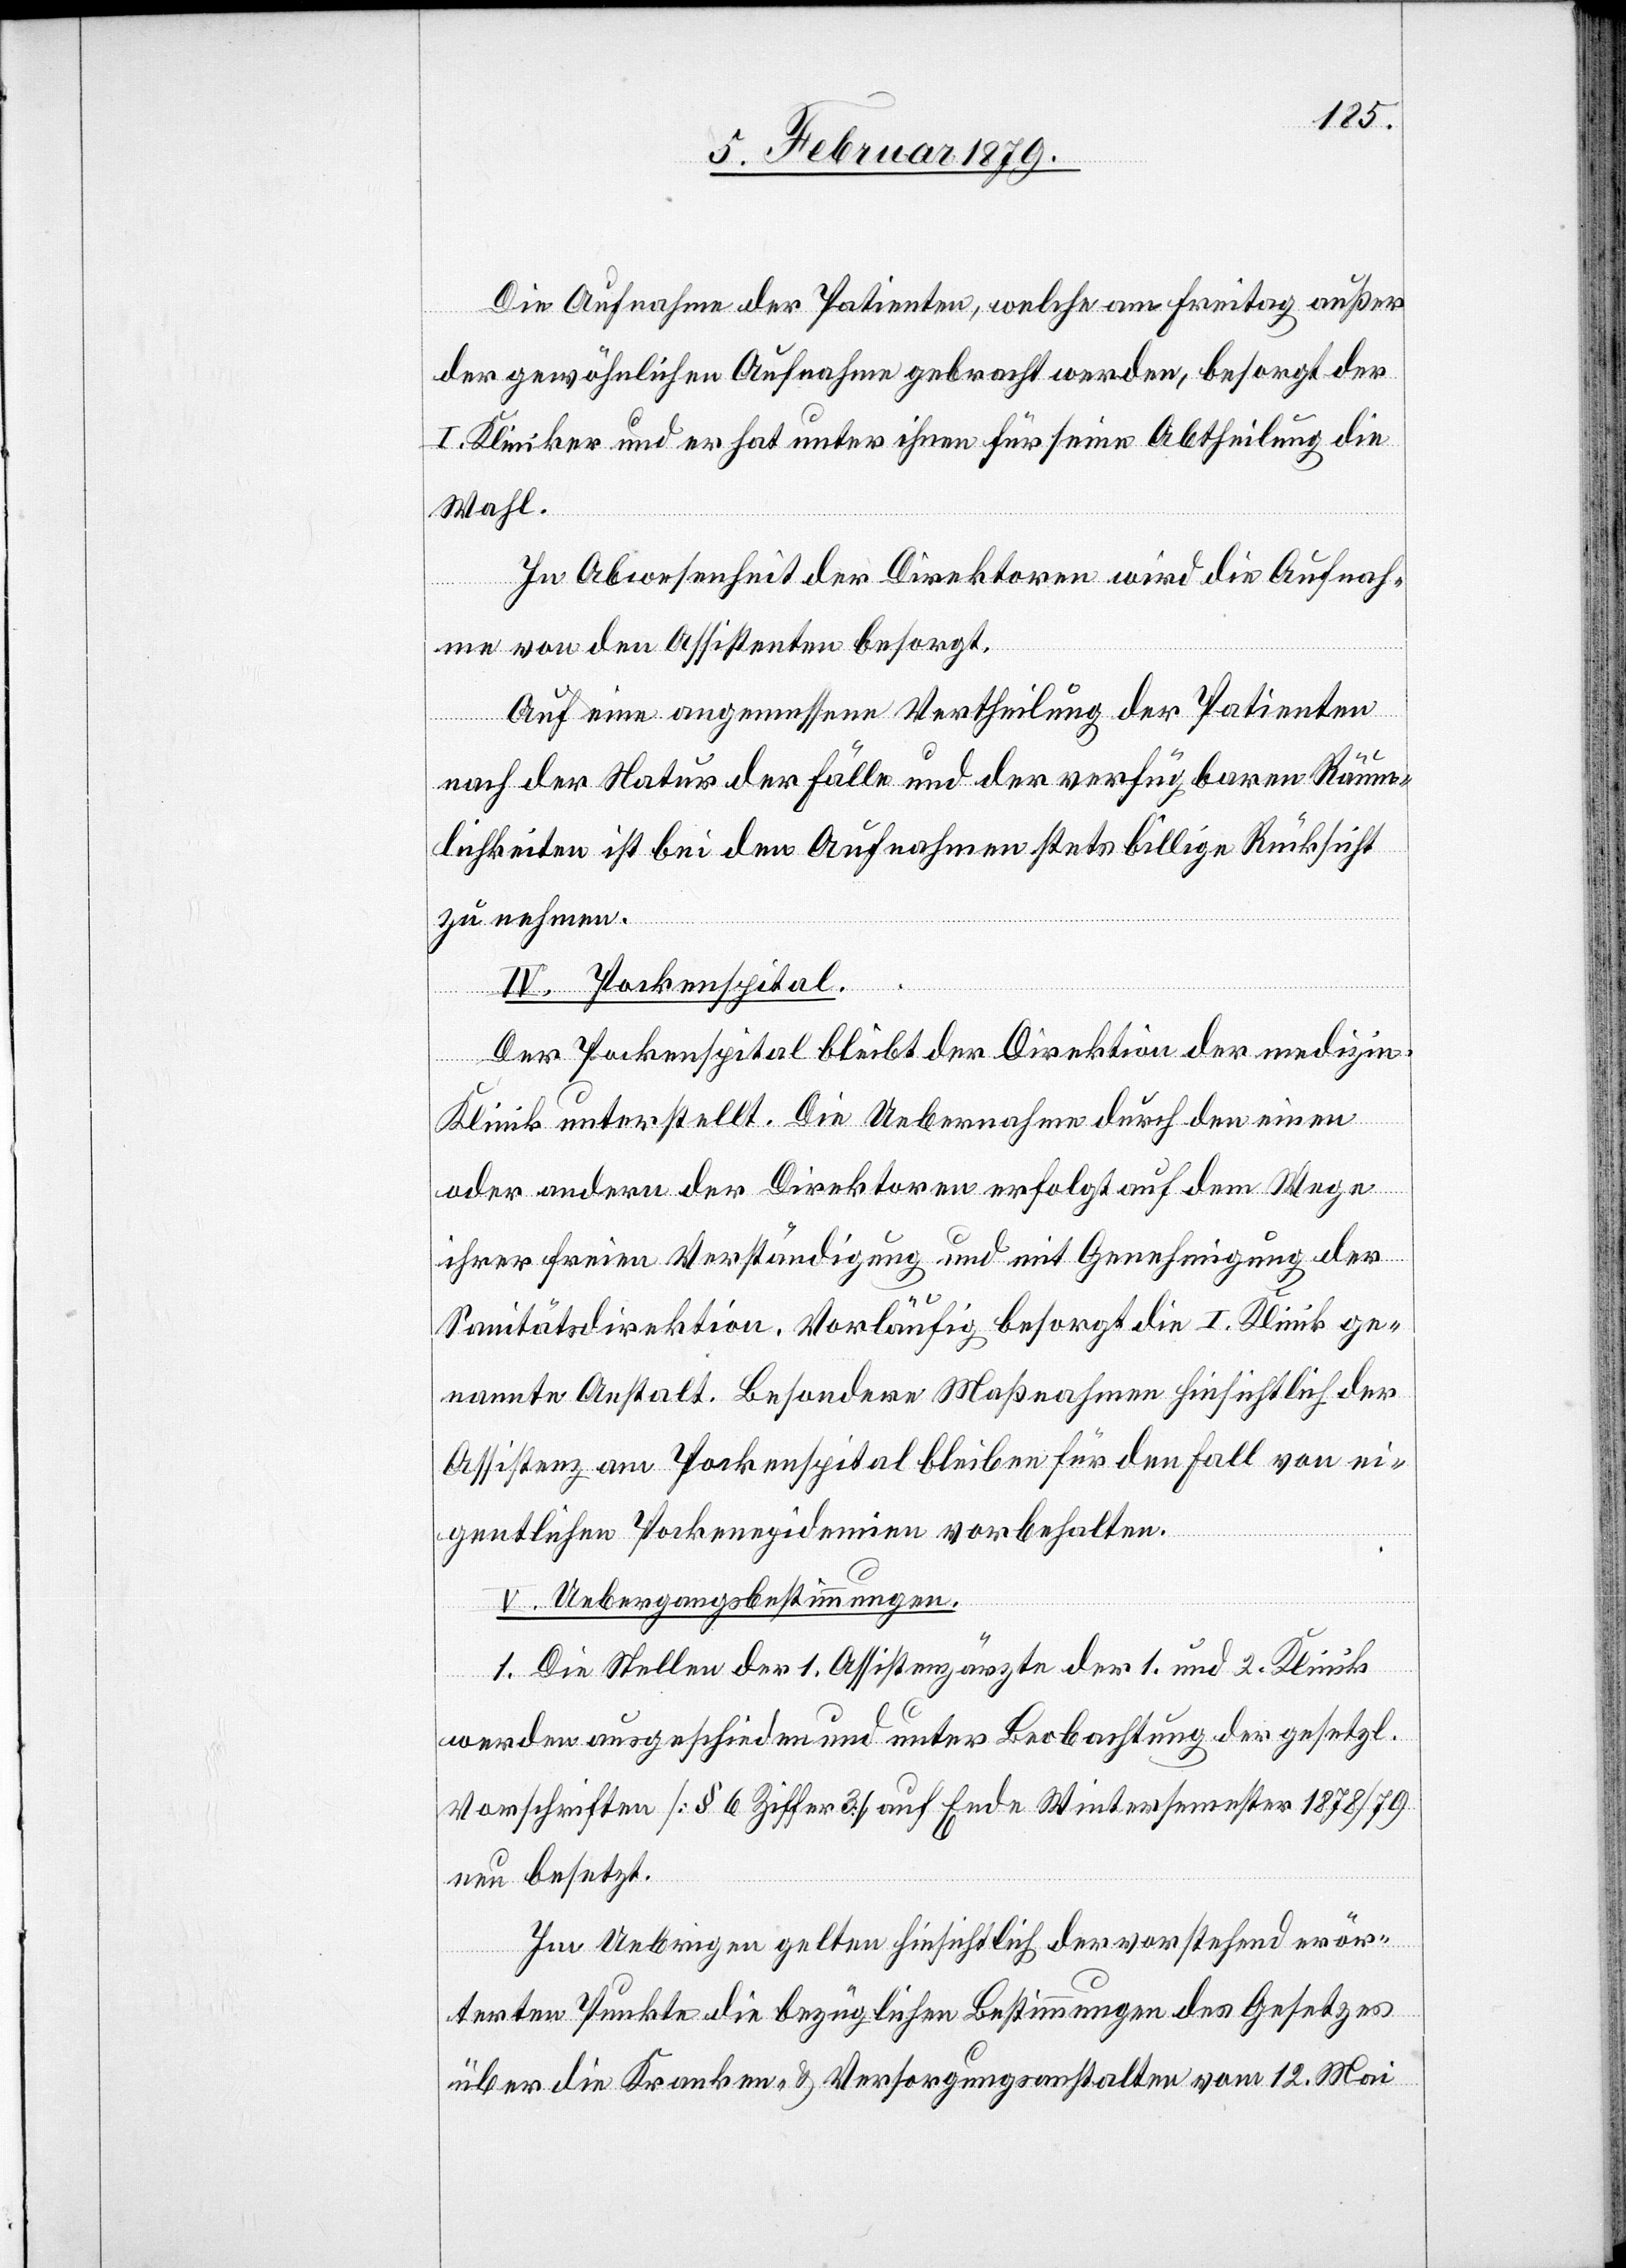
die Aufnahme der Patienten, welche am Freitag außer
der gewöhnlichen Aufnahme gebracht werden, besorgt der
I. Kliniker und er hat unter ihnen für seine Abtheilung die
Wahl.
In Abwesenheit der Direktoren wird die Aufnah¬
me von den Assistenten besorgt.
Auf eine angemessene Vertheilung der Patienten
nach der Natur der Fälle und der verfügbaren Räum¬
lichkeiten ist bei den Aufnahmen stets billige Rücksicht
zu nehmen.
IV. Pockenspital.
Der Pockenspital bleibt der Direktion der medizin.
Klinik unterstellt. Die Uebernahme durch den einen
oder andern der Direktoren erfolgt auf dem Wege
ihrer freien Verständigung und mit Genehmigung der
Sanitätsdirektion. Vorläufig besorgt die I. Klinik ge¬
nannte Anstalt. Besondere Maßnahmen hinsichtlich der
Assistenz am Pockenspital bleiben für den Fall von ei¬
gentlichen Pockenepidemien vorbehalten.
V. Uebergangsbestimmungen.
1. Die Stellen der 1. Assistenzärzte der 1. und 2. Klinik
werden ausgeschieden [recte: ausgeschrieben] und unter Beobachtung der gesetzl.
Vorschriften [§ 6 Ziffer 3] auf Ende Wintersemester 1878/79
neu besetzt.
Im Uebrigen gelten hinsichtlich der vorstehend erör¬
terten Punkte die bezüglichen Bestimmungen des Gesetzes
über die Kranken- & Versorgungsanstalten vom 12. Mai